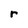
Character: r